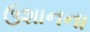
ઉશાનના